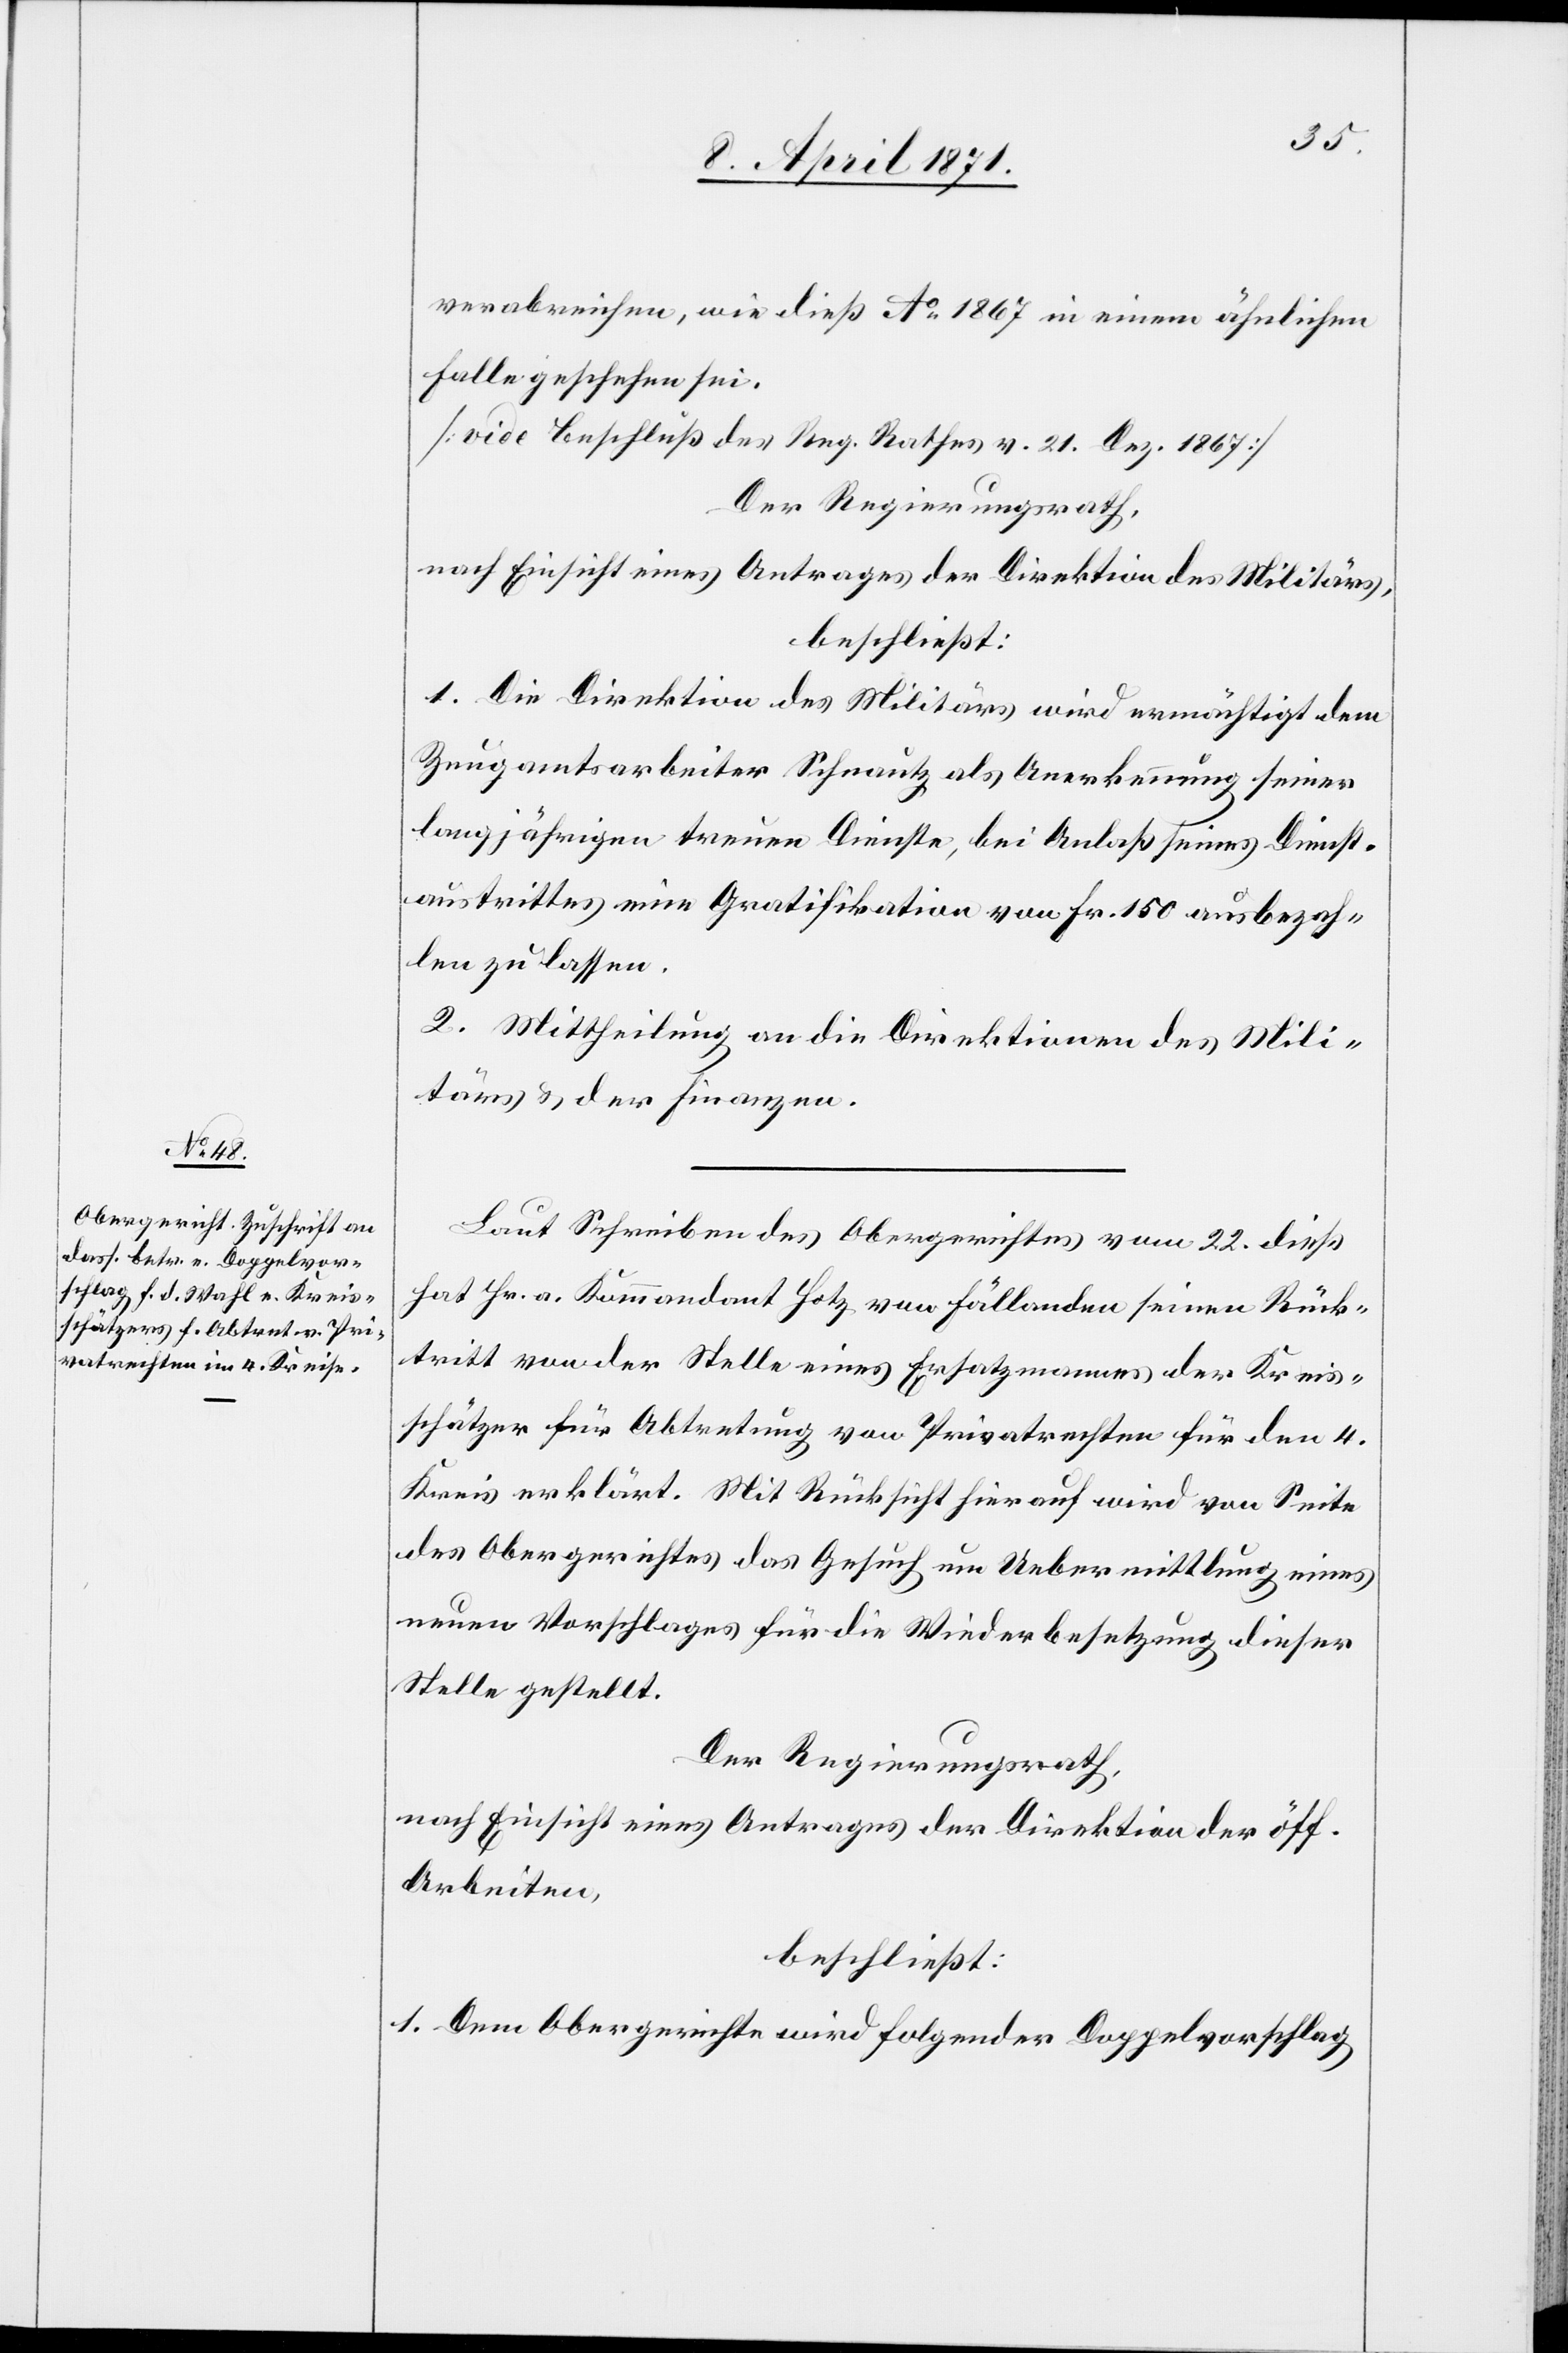
verabreichen, wie dieß Ao. 1867 in einem ähnlichen
Falle geschehen sei.
[vide Beschluß des Reg. Rathes v. 21. Dez. 1867]
Der Regierungsrath,
nach Einsicht eines Antrages der Direktion des Militärs,
beschließt:
1. Die Direktion des Militärs wird ermächtigt dem
Zeugamtsarbeiter Schnautz als Anerkennung seiner
langjährigen treuen Dienste, bei Anlaß seines Dienst¬
austrittes eine Gratifikation von Fr. 150 ausbezah¬
len zu lassen.
2. Mittheilung an die Direktion des Mili¬
tärs u. der Finanzen.
Laut Schreiben des Obergerichtes vom 22. dieß
hat Hr. a. Kommandant Hotz von Fällanden seinen Rück¬
tritt von der Stelle eines Ersatzmannes der Kreis¬
schätzer für Abtretung von Privatrechten für den 4.
Kreis erklärt. Mit Rücksicht hierauf wird von Seite
des Obergerichtes das Gesuch um Uebermittlung eines
neuen Vorschlages für die Wiederbesetzung dieser
Stelle gestellt.
Der Regierungsrath,
nach Einsicht eines Antrages der Direktion der öff.
Arbeiten,
beschließt:
1. Dem Obergericht wird folgender Doppelvorschlag